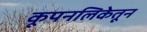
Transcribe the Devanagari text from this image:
कूपनलिकेतून